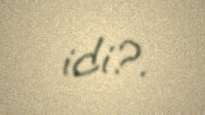
idi?.